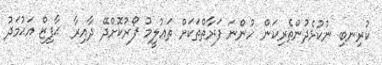
ކުރިނބި ނުކުޅެދުންތެރިކަން ހުންނަ ފަރާތްތަކަށް ތަޢުލީމު ފޯރުކޮށްދޭ ދާއިރާ  ޙާފިޒް އަޙުމަދު